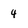
Character: 4